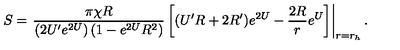
S = \left. \frac { \pi \chi R } { \left( 2 U ^ { \prime } e ^ { 2 U } \right) \left( 1 - e ^ { 2 U } R ^ { 2 } \right) } \left[ ( U ^ { \prime } R + 2 R ^ { \prime } ) e ^ { 2 U } - { \frac { 2 R } { r } } e ^ { U } \right] \right| _ { r = r _ { h } } .